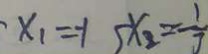
x _ { 1 } = - 1 5 x _ { 2 } = - \frac { 1 } { 3 }